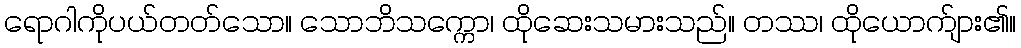
ရောဂါကိုပယ်တတ်သော။ သောဘိသက္ကော၊ ထိုဆေးသမားသည်။ တဿ၊ ထိုယောက်ျား၏။